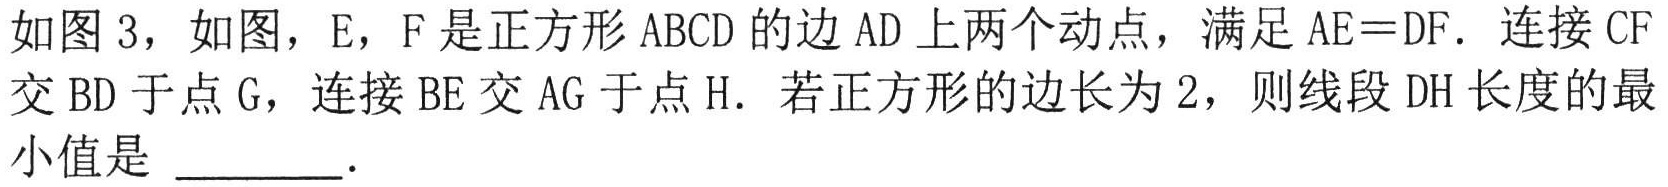
如图 3，如图，E，F 是正方形 ABCD 的边 AD 上两个动点，满足 AE=DF．连接 CF交 BD 于点 G，连接 BE 交 AG 于点 H．若正方形的边长为 2，则线段 DH 长度的最小值是 ________．